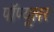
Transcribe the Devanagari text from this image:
पॉप्यूलर